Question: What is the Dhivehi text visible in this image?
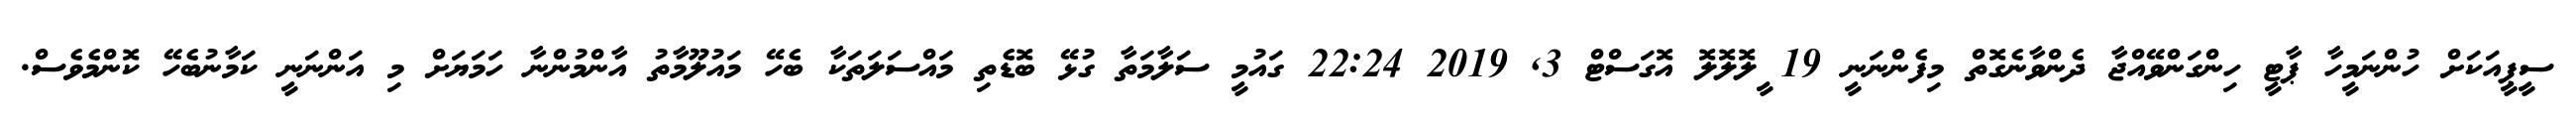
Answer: ސީޕީއަކަށް ހުންނަމީހާ ޕާޓީ ހިންގަންވޭއްޖާ ދެންވާނެގޮތް މިފެންނަނީ 19 ީލޮލޮލޮ އޮގަސްޓް 3, 2019 22:24 ގައުމީ ސަލާމަތާ ގުޅޭ ބޮޑެތި މައްސަލަތަކާ ބެހޭ މައުލޫމާތު އާންމުންނާ ހަމަޔަށް މި އަންނަނީ ކަމާނުބެހޭ ކޮންމެވެސް.